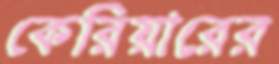
কেরিয়ারের